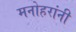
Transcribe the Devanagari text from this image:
मनोहरांनी